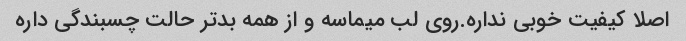
اصلا کیفیت خوبی نداره.روی لب میماسه و از همه بدتر حالت چسبندگی داره